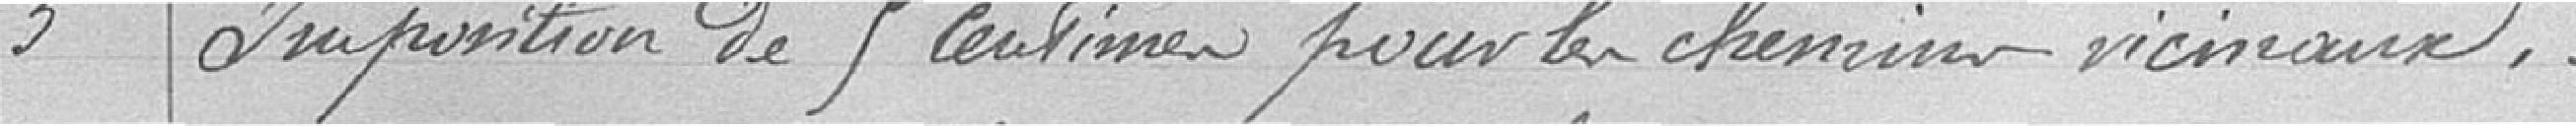
3 / Imposition de 5 centimes pour les chemins vicinaux